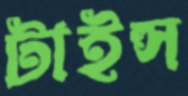
টাইল্স